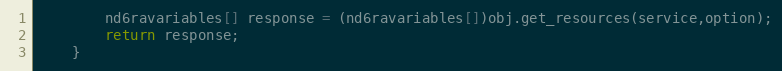
Language: Java
		nd6ravariables[] response = (nd6ravariables[])obj.get_resources(service,option);
		return response;
	}